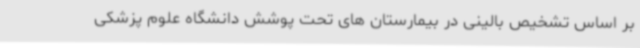
بر اساس تشخیص بالینی در بیمارستان های تحت پوشش دانشگاه علوم پزشکی